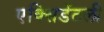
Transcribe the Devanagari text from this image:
एक्सिडेंटली